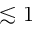
\lesssim 1